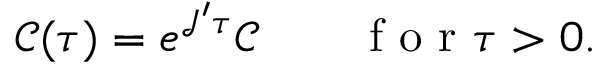
\mathcal { C } ( \tau ) = e ^ { \mathcal { J } ^ { \prime } \tau } \mathcal { C } \qquad \mathrm { ~ f ~ o ~ r ~ } \tau > 0 .